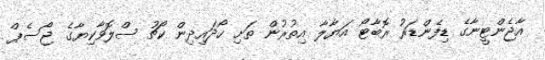
އާޖެންޓީނާގެ ޑިފެންޑަރު ރޮބާޓޯ އަޔާލާ އިތުރުން ތަށި ހޯދައިދިން ކޯޗު ސްލޮވާކިޔާގެ ޖޯސެޕް